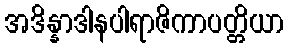
အဒိန္နာဒါနပါရာဇိကာပတ္တိယာ